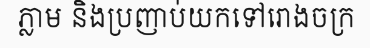
ភ្លាម និងប្រញាប់យកទៅរោងចក្រ